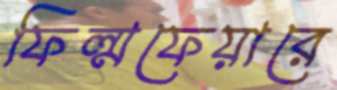
ফিল্মফেয়ারে